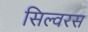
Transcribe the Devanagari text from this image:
सिल्वरस